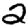
Digit: 2